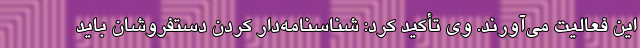
این فعالیت می‌آورند. وی تأکید کرد: شناسنامه‌دار کردن دستفروشان باید